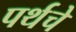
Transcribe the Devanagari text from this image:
पर्थचे